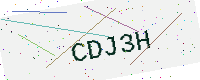
Text: CDJ3H